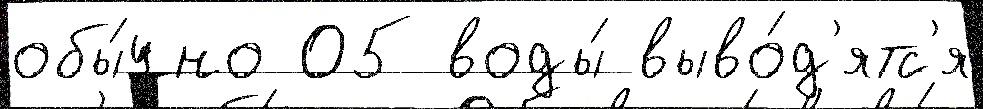
обы́чно 05 воды́ выво́д'ятс'я